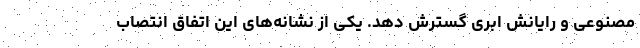
مصنوعی و رایانش ابری گسترش دهد. یکی از نشانه‌های این اتفاق انتصاب